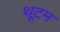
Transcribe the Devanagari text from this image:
थूटम